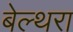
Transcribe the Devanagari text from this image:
बेल्‍थरा